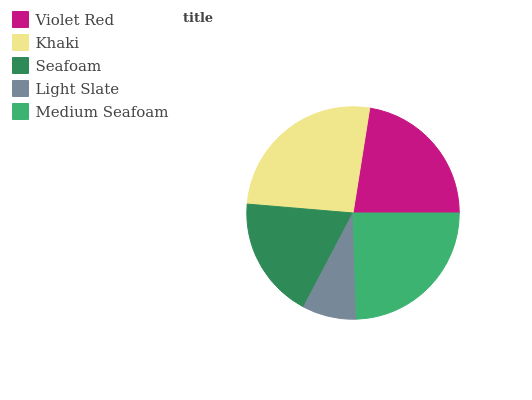
| Violet Red | Khaki | Seafoam | Light Slate | Medium Seafoam |
 | --- | --- | --- | --- | --- |
 | 22.5% | 26.1% | 18.6% | 8.24% | 24.5% |